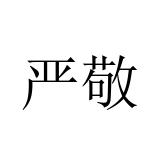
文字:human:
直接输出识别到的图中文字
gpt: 严敬